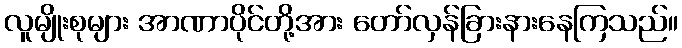
လူမျိုးစုများ အာဏာပိုင်တို့အား တော်လှန်ခြားနားနေကြသည်။